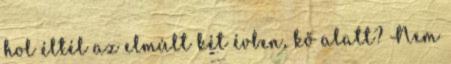
hol éltél az elmúlt két évben, kő alatt? Nem